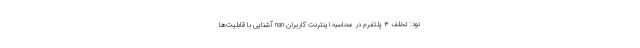
نود: تخلف ۳ پلتفرم در محاسبه اینترنت کاربران nan آشنایی با قابلیت‌ها